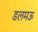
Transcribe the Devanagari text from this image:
डलमऊ